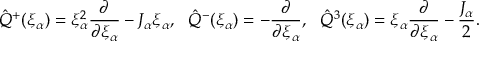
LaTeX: \hat { Q } ^ { + } ( \xi _ { \alpha } ) = \xi _ { \alpha } ^ { 2 } \frac { \partial } { \partial \xi _ { \alpha } } - J _ { \alpha } \xi _ { \alpha } , \ \ \hat { Q } ^ { - } ( \xi _ { \alpha } ) = - \frac { \partial } { \partial \xi _ { \alpha } } , \ \ \hat { Q } ^ { 3 } ( \xi _ { \alpha } ) = \xi _ { \alpha } \frac { \partial } { \partial \xi _ { \alpha } } - \frac { J _ { \alpha } } { 2 } .